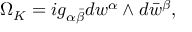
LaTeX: \Omega _ { K } = i g _ { \alpha \bar { \beta } } d w ^ { \alpha } \wedge d \bar { w } ^ { \beta } ,